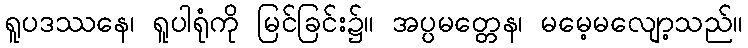
ရူပဒဿနေ၊ ရူပါရုံကို မြင်ခြင်း၌။ အပ္ပမတ္တေန၊ မမေ့မလျော့သည်။